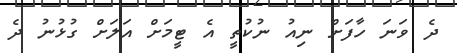
ދެ ވަނަ ހާފަށް ނިއު ނުކުތީ އެ ޓީމަށް އަލަށް ގުޅުނު ދެ